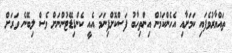
ތައްޔާރުވެފައި ކަމަށާއި އެހެންކަމުން އިންތިހާބު ފަސްކޮށްފިނަަމަ އެއީ ކެންޑިޑޭޓުންނަށް ވެސް ލިބޭނެ ވަރަށް